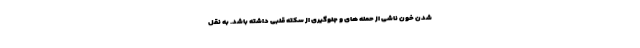
شدن خون ناشی از حمله های و جلوگیری از سکته قلبی داشته باشد. به نقل